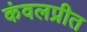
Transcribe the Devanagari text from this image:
कंवलप्रीत